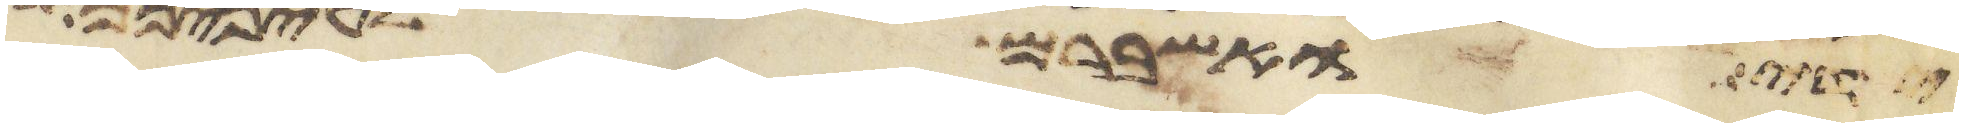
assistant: ידי ואשברם לעיניכם